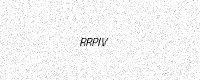
Text: RRPIV